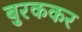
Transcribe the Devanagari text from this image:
बुरककर